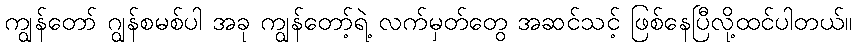
ကျွန်တော် ဂျွန်စမစ်ပါ အခု ကျွန်တော့်ရဲ့ လက်မှတ်တွေ အဆင်သင့် ဖြစ်နေပြီလို့ထင်ပါတယ်။